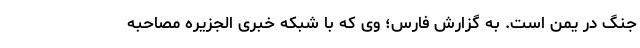
جنگ در یمن است. به گزارش فارس؛ وی که با شبکه خبری الجزیره مصاحبه